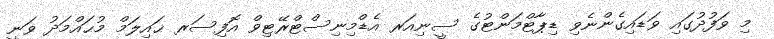
މި ވަފުދުގައި ވަޑައިގެންނެވި ޑިޕާޓްމަންޓުގެ ސީނިއަރ އެޑްމިނިސްޓްރޭޓިވް އޮފިސަރ ޙައިލަމް މުޙައްމަދު ވަނީ